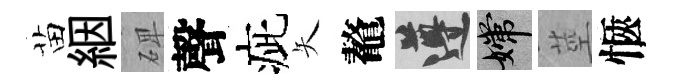
苗絪𥓓聲疵矢鼇遵嫦莖愜